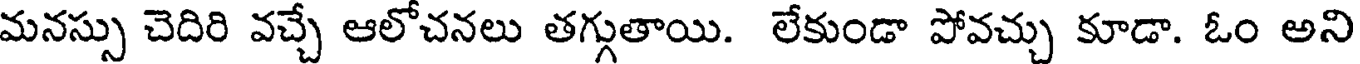
మనస్సు చెదిరి వచ్చే ఆలోచనలు తగ్గుతాయి. లేకుండా పోవచ్చు కూడా. ఓం అని